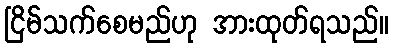
ငြိမ်သက်စေမည်ဟု အားထုတ်ရသည်။